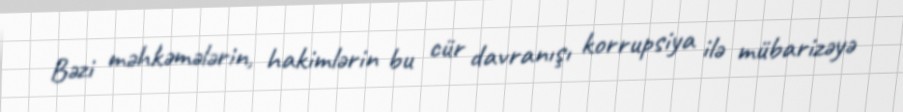
Bəzi məhkəmələrin, hakimlərin bu cür davranışı korrupsiya ilə mübarizəyə